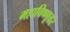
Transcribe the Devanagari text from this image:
महाविष्णूवर